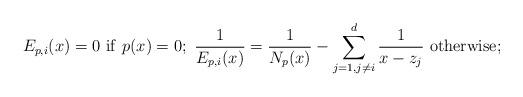
LaTeX: \begin{align*}E_{p,i}(x)=0~{\rm if}~p(x)=0;~\frac{1}{E_{p,i}(x)}=\frac{1}{N_p(x)}-\sum_{j=1,j\neq i}^d\frac{1}{x-z_j} ~{\rm otherwise};\end{align*}